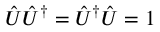
\hat { U } \hat { U } ^ { \dagger } = \hat { U } ^ { \dagger } \hat { U } = { 1 }